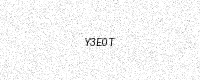
Text: Y3E0T